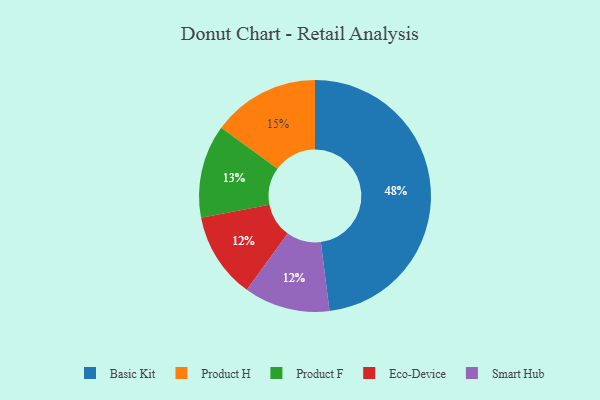
{"axis": {"x": "Category", "y": "Percentage"}, "legend": ["Basic Kit", "Eco-Device", "Product F", "Product H", "Smart Hub"], "data": [{"x": "Product H", "y": 15, "type": "Product H"}, {"x": "Eco-Device", "y": 12, "type": "Eco-Device"}, {"x": "Product F", "y": 13, "type": "Product F"}, {"x": "Basic Kit", "y": 48, "type": "Basic Kit"}, {"x": "Smart Hub", "y": 12, "type": "Smart Hub"}]}